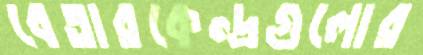
বেতারকেন্দ্রগুলোর